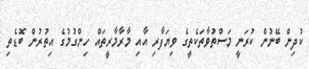
ކުދިން ބޭނުން ކުރަނީ މަސްތުވާތަކެތީގެ ވިޔަފާރި އާއި މާރާމާރީތައް ހިންގުމުގެ އިތުރުން ބޮޑެތި